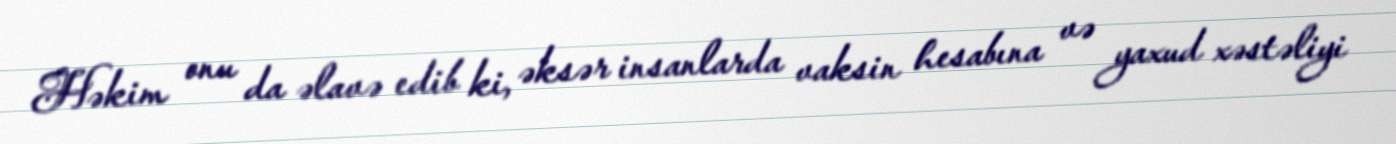
Həkim onu da əlavə edib ki, əksər insanlarda vaksin hesabına və yaxud xəstəliyi